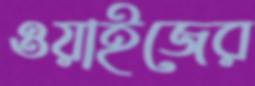
ওয়াইজের